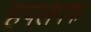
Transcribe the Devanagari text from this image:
हपलपफ